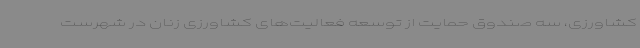
کشاورزی، سه صندوق حمایت از توسعه فعالیت‌های کشاورزی زنان در شهرست